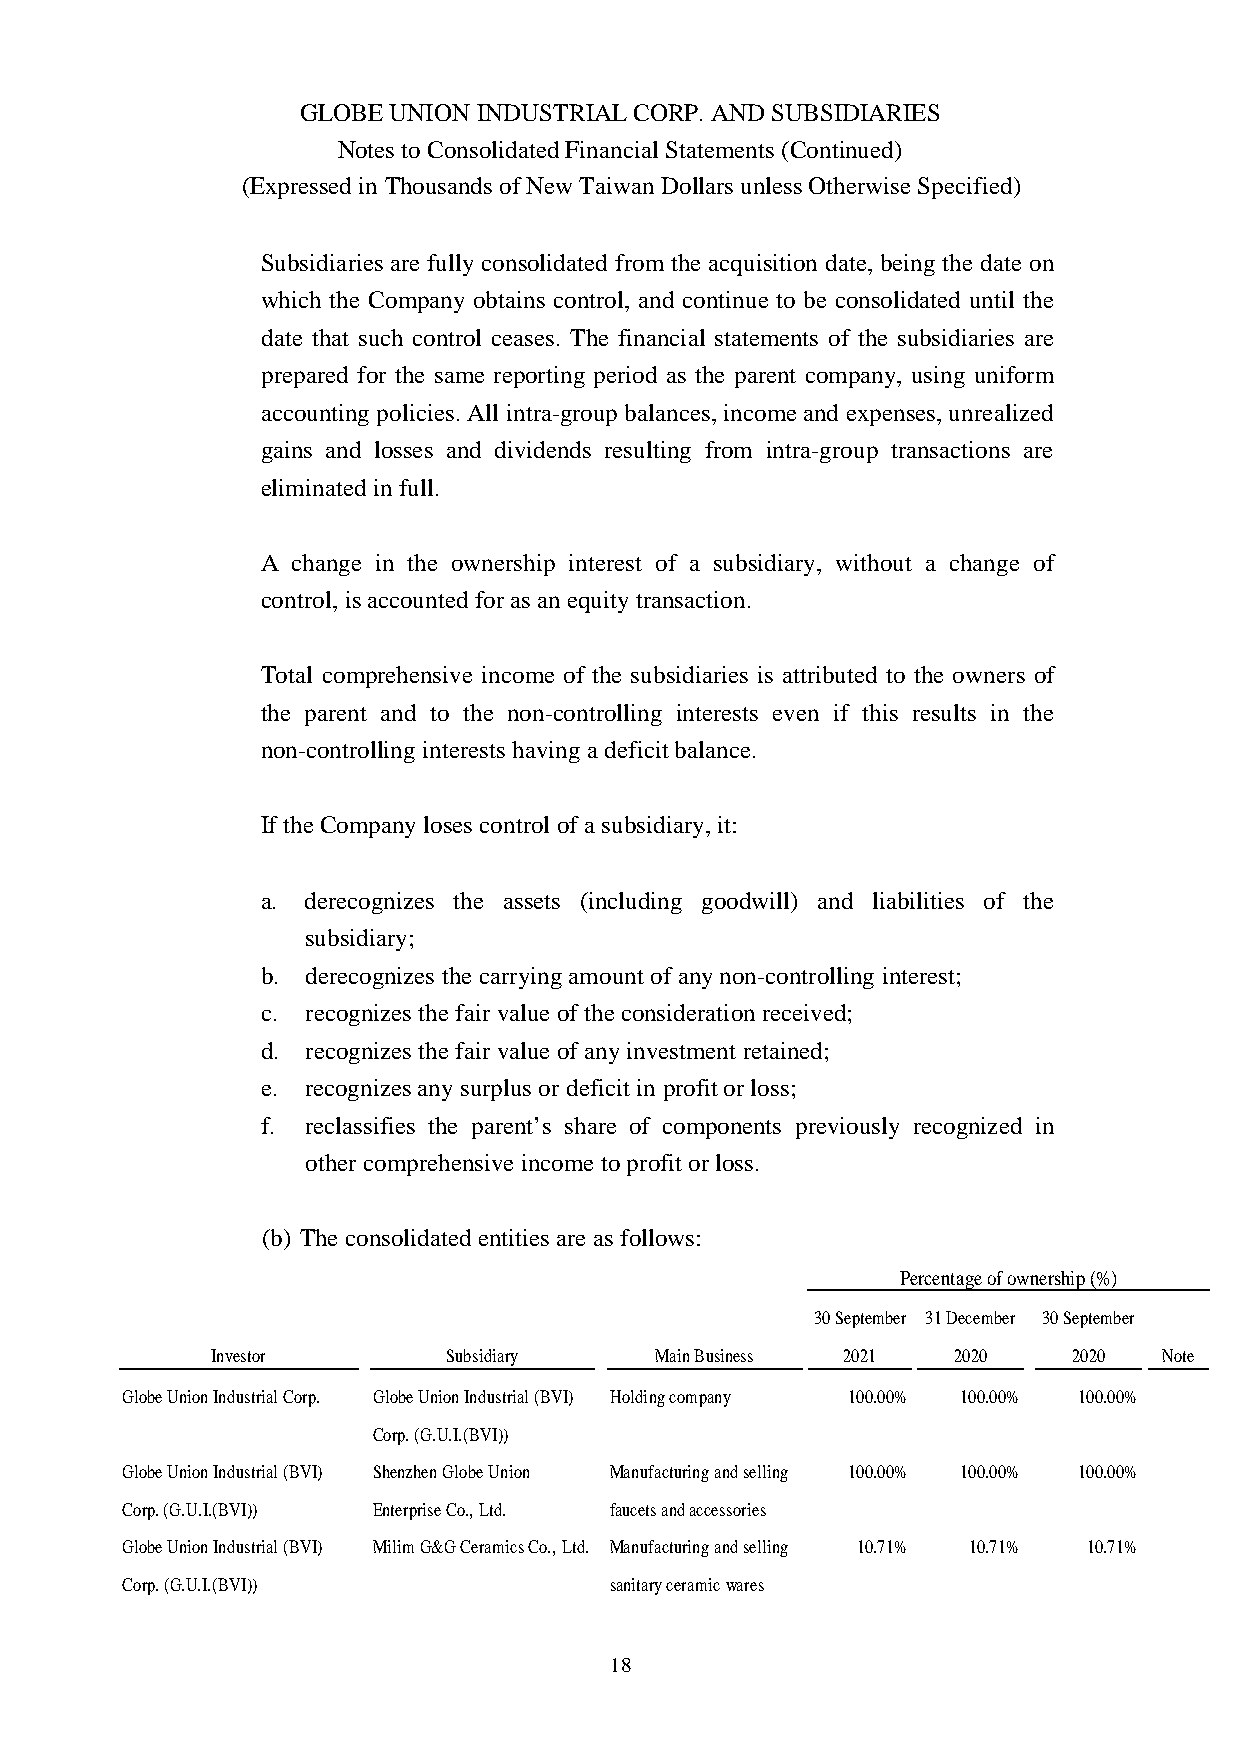
GLOBE UNION INDUSTRIAL CORP. AND SUBSIDIARIES
 Notes to Consolidated Financial Statements (Continued)
 (Expressed in Thousands of New Taiwan Dollars unless Otherwise Specified)
 Subsidiaries are fully consolidated from the acquisition date, being the date on
 which the Company obtains control, and continue to be consolidated until the
 date that such control ceases. The financial statements of the subsidiaries are
 prepared for the same reporting period as the parent company, using uniform
 accounting policies. All intra-group balances, income and expenses, unrealized
 gains and losses and dividends resulting from intra-group transactions are
 eliminated in full.
 A change in the ownership interest of a subsidiary, without a change of
 control, is accounted for as an equity transaction.
 Total comprehensive income of the subsidiaries is attributed to the owners of
 the parent and to the non-controlling interests even if this results in the
 non-controlling interests having a deficit balance.
 If the Company loses control of a subsidiary, it:
 a. derecognizes the assets (including goodwill) and liabilities of the
 subsidiary;
 b. derecognizes the carrying amount of any non-controlling interest;
 c. recognizes the fair value of the consideration received;
 d. recognizes the fair value of any investment retained;
 e. recognizes any surplus or deficit in profit or loss;
 f. reclassifies the parent’s share of components previously recognized in
 other comprehensive income to profit or loss.
 (b) The consolidated entities are as follows:
 Percentage of ownership (%)
 30 September 31 December 30 September
 Investor        Subsidiary   Main Business 2021  2020    2020  Note
 Globe Union Industrial Corp. Globe Union Industrial (BVI) Holding company 100.00% 100.00% 100.00%
 Corp. (G.U.I.(BVI))
 Globe Union Industrial (BVI) Shenzhen Globe Union Manufacturing and selling 100.00% 100.00% 100.00%
 Corp. (G.U.I.(BVI)) Enterprise Co., Ltd. faucets and accessories
 Globe Union Industrial (BVI) Milim G&G Ceramics Co., Ltd. Manufacturing and selling 10.71% 10.71% 10.71%
 Corp. (G.U.I.(BVI))             sanitary ceramicwares
 18